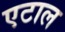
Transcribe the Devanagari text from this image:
एटाल